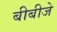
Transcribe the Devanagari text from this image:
बीबीजे